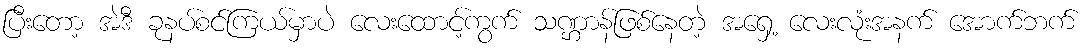
ပြီးတော့ အဲဒီ ခုနပ်စင်ကြယ်မှာပဲ လေးထောင့်ကွက် သဏ္ဌာန်ဖြစ်နေတဲ့ အရှေ့ လေးလုံးအနက် အောက်ဘက်